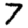
Digit: 7